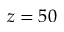
z = 5 0